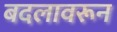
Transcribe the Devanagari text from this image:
बदलावरून